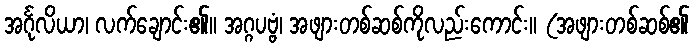
အင်္ဂုလိယာ၊ လက်ချောင်း၏။ အဂ္ဂပဗ္ဗံ၊ အဖျားတစ်ဆစ်ကိုလည်းကောင်း။ (အဖျားတစ်ဆစ်၏